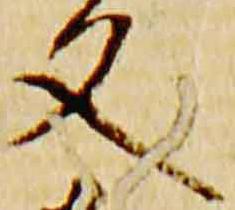
文